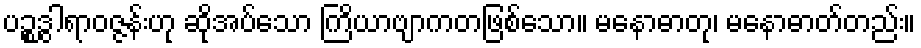
ပဉ္စဒွါရာဝဇ္ဇန်းဟု ဆိုအပ်သော ကြိယာဗျာကတဖြစ်သော။ မနောဓာတု၊ မနောဓာတ်တည်း။